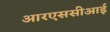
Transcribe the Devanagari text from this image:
आरएससीआई